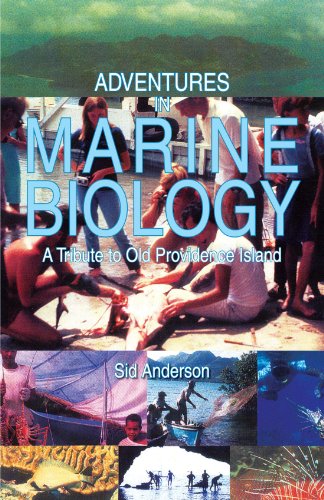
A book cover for Adventures in Marine Biology: A Tribute to Old Providence Island; Sid Anderson; Travel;